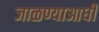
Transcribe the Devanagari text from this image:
जाळण्याआधी